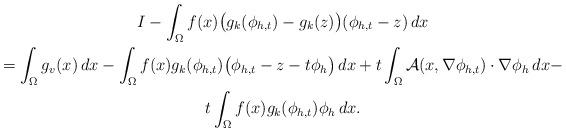
LaTeX: \begin{align*}\begin{gathered}I-\int_{\Omega}f(x)\big(g_k(\phi_{h,t})-g_k(z)\big)(\phi_{h,t}-z)\,dx\\=\int_{\Omega}g_v(x)\,dx-\int_{\Omega}f(x)g_k(\phi_{h,t})\big(\phi_{h,t}-z-t\phi_h\big)\,dx+t\int_{\Omega}\mathcal{A}(x,\nabla\phi_{h,t})\cdot\nabla\phi_h\,dx-\\t\int_{\Omega}f(x)g_k(\phi_{h,t})\phi_h\,dx.\end{gathered}\end{align*}